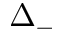
\Delta _ { - }